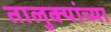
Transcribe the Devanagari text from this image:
तालुक्‍यांच्या